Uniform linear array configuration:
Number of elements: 16
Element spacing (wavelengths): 1
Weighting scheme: uniform
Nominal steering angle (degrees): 30
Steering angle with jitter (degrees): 29.415
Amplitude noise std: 0.05
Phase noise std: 0.05

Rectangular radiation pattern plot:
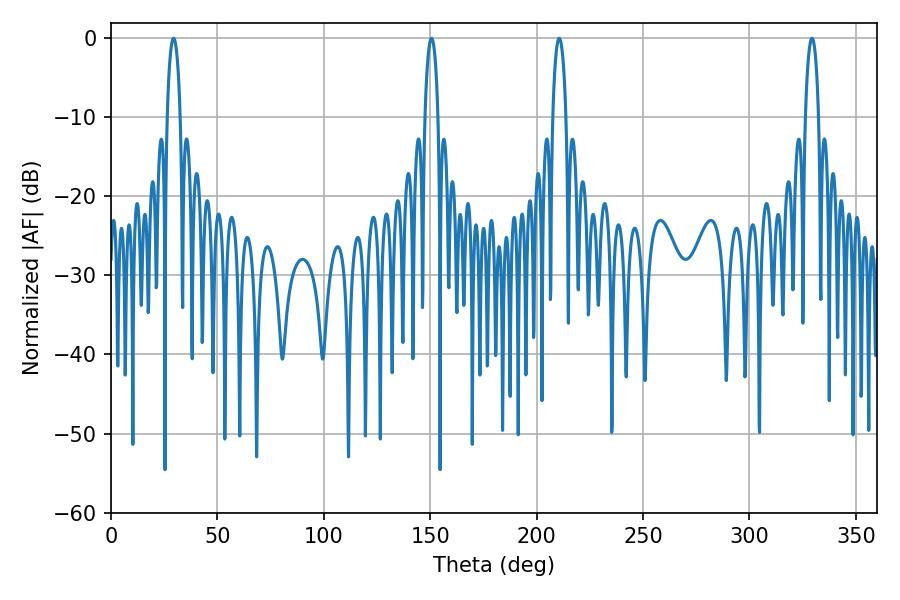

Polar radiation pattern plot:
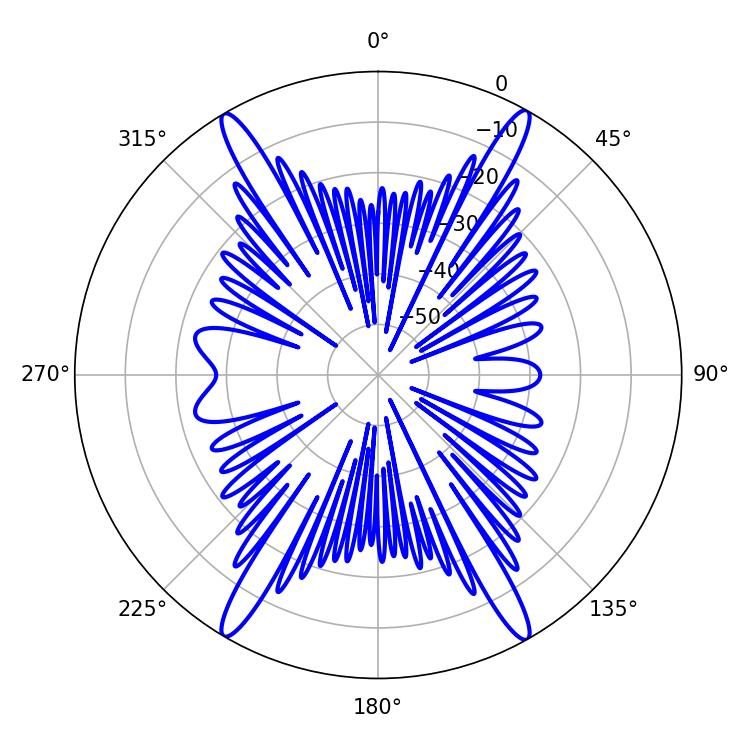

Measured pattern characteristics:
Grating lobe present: TRUE
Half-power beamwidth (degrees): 3.6
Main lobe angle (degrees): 210.6